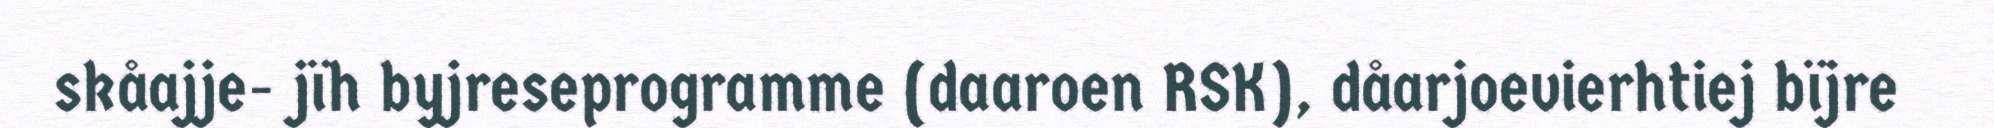
skåajje- jïh byjreseprogramme (daaroen RSK), dåarjoevierhtiej bïjre